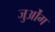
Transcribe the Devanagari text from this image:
जुओंग